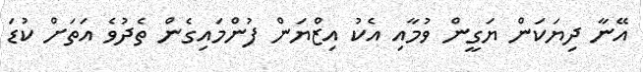
އޭނާ ދިޔަކަން ޔަގީން ވުމާއި އެކު އިޒްޔަން ފުންމައިގެން ތެދުވެ އަތަށް ކުޑަ